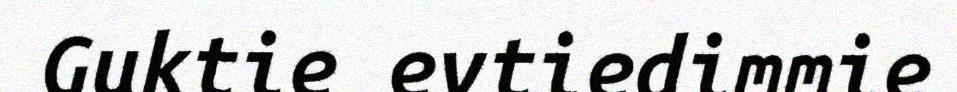
Guktie evtiedimmie